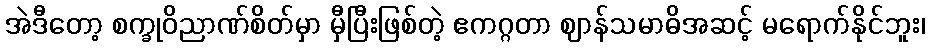
အဲဒီတော့ စက္ခုဝိညာဏ်စိတ်မှာ မှီပြီးဖြစ်တဲ့ ဧကဂ္ဂတာ ဈာန်သမာဓိအဆင့် မရောက်နိုင်ဘူး၊